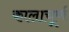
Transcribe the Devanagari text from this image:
कालाचूर्ण